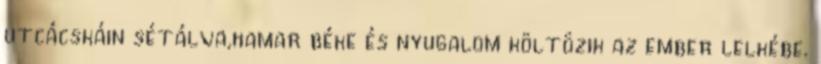
utcácskáin sétálva,hamar béke és nyugalom költözik az ember lelkébe.